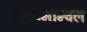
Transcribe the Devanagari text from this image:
मध्यमान्चल